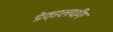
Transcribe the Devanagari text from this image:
डेव्हलपींग